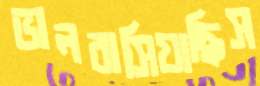
ভালবাসিয়াছিস